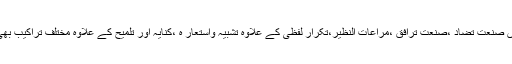
ان صنائع میں صنعت تضاد ،صنعت ترافق ،مراعات النظیر،تکرار لفظی کے علاوہ تشبیہ واستعار ہ ،کنایہ اور تلمیح کے علاوہ مختلف تراکیب بھی شامل ہیں ۔